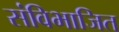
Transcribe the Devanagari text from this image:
संविभाजित